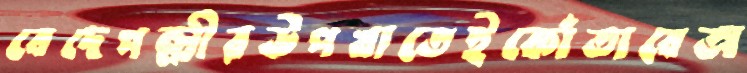
বেদেপল্লীরউপখাতেইকোঁতাবেঅ